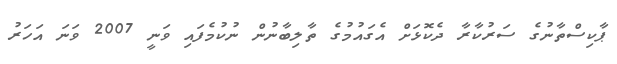
ޕާކިސްތާނުގެ ސަރުކާރާ ދެކޮޅަށް އެގައުމުގެ ތާލިބާނުން ނުކުމެފައި ވަނީ 2007 ވަނަ އަހަރު